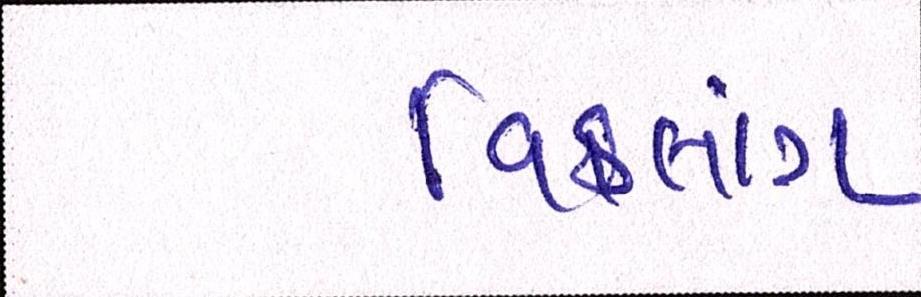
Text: વિકલાંગ